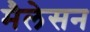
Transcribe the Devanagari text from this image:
मैलेसन